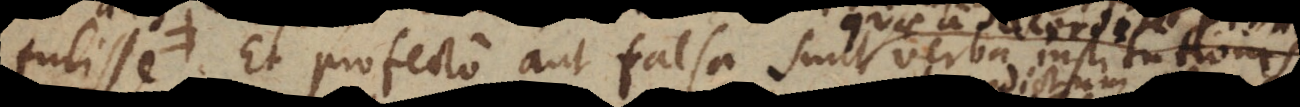
causa. Et profecto aut falsa sunt verba institutionis